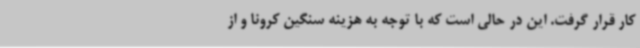
کار قرار گرفت. این در حالی است که با توجه به هزینه سنگین کرونا و از